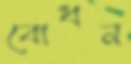
বোধন